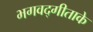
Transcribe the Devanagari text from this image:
भगवद्गीताके